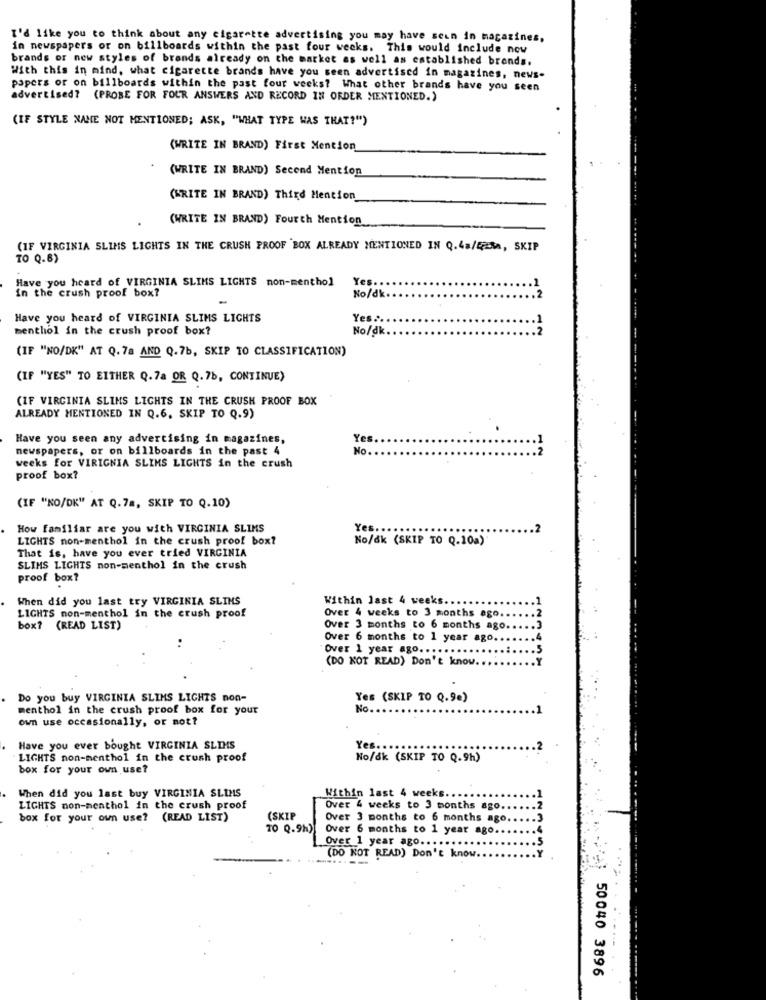
I'd like you to think about any cigarette advertising you may have sein in magazines,
in newspapers or on billboards within the past four weeks. This would include now
brands or new styles of brands already on the market as well as established brands.
With this in mind, what cigarette brands have you seen advertised in magazines, news-
papers or on billboards within the past four weeks? What other brands have you seen
advertised? (PROBE FOR FOUR ANSWERS AND RECORD IN ORDER MENTIONED.)
(IF STYLE NAME NOT MENTIONED; ASK, "WHAT TYPE WAS THAT?")
(WRITE IN BRAND) First Mention
(WRITE IN BRAND) Second Mention
(WRITE IN BRAND) Third Mention
(WRITE IN BRAND) Fourth Mention
(IF VIRGINIA SLIMS LIGHTS IN THE CRUSH PROOF BOX ALREADY MENTIONED IN Q.4a/E;ERA, SKIP
TO Q.8)
Have you heard of VIRGINIA SLIMS LIGHTS non-menthol
Yes ..
in the crush proof box?
No/dk.
Have you heard of VIRGINIA SLIMS LIGHTS
Yes ..
menthol in the crush proof box?
No/dk
(IF "NO/DK" AT Q.78 AND Q.7b, SKIP TO CLASSIFICATION)
(IF "YES" TO EITHER Q.7a OR Q. 7b, CONTINUE)
(IF VIRGINIA SLIMS LIGHTS IN THE CRUSH PROOF BOX
ALREADY MENTIONED IN Q.6, SKIP TO Q.9)
Have you seen any advertising in magazines,
Yes.
newspapers, or on billboards in the past 4
No.
weeks for VIRIGNIA SLIMS LIGHTS in the crush
proof box?
(IF "NO/DK" AT Q.7a, SKIP TO Q.10)
How familiar are you with VIRGINIA SLIMS
Yes ...
LIGHTS non-menthol in the crush proof box?
No/dk (SKIP TO Q.10a)
That is, have you ever tried VIRGINIA
SLIMS LIGHTS non-menthol in the crush
proof box?
When did you last try VIRGINIA SLINS
Within last 4 weeks.
LIGHTS non-menthol in the crush proof
Over 4 weeks to 3 months ago.
box? (READ LIST)
Over 3 months to 6 months ago
Over 6 months to 1 year ago.
Over 1 year ago .....
(DO NOT READ) Don't know.
Do you buy VIRGINIA SLIMS LIGHTS non-
Yes (SKIP TO Q.90)
menthol in the crush proof box for your
No .
own use occasionally, or not?
Have you ever bought VIRGINIA SLIMS
Yes ..
LIGHTS non-menthol in the crush proof
No/dk (SKIP TO Q.9h)
box for your own use?
When did you last buy VIRGINIA SLIMS
Within last 4 weeks.
LIGHTS non-menthol in the crush proof
Over 4 weeks to 3 months ago.
box for your own use? (READ LIST)
(SKIP
Over 3 months to 6 months ago
70 Q.9h)
Over 6 months to 1 year ago.
Over 1 year ago ....
.....
(DO NOT READ) Don't know
50040 3896